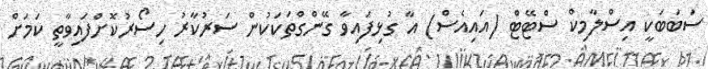
ސަބަބަކީ އިސްލާމިކް ސްޓޭޓް (އައިއެސް) އާ ގުޅިފައިވާ ގޭންގްތަކަކުން ސަރުކާރު ހިސޯރުކޮށްފައިވާތީ ކަމަށް